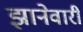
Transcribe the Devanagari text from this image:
झानेवारी